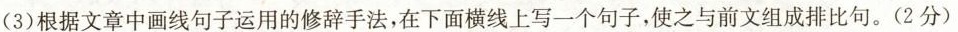
(3)根据文章中画线句子运用的修辞手法，在下面横线上写一个句子，使之与前文组成排比句。(2分)